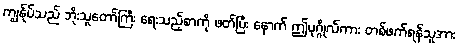
ကျွန်ုပ်သည် ဘိုးသူတော်ကြီး ရေးသည့်စာကို ဖတ်ပြီး နောက် ဤပုဂ္ဂိုလ်ကား တစ်ဖက်ရန်သူအား